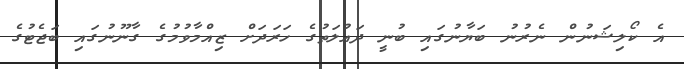
އެ ކޯލިޝަނުން ނެރުނު ބަޔާނުގައި ބުނީ ދައުލަތުގެ ހަރަދަށް ޒިއްމާވުމުގެ ގާނޫނުގައި ބަޖެޓުގެ